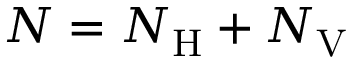
N = N _ { \mathrm { H } } + N _ { \mathrm { V } }